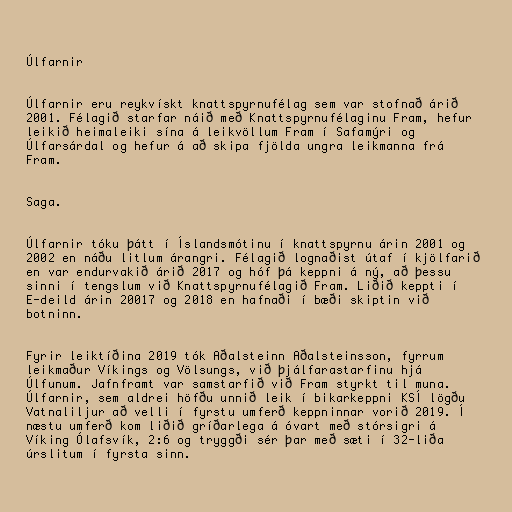
Úlfarnir

Úlfarnir eru reykvískt knattspyrnufélag sem var stofnað árið
2001. Félagið starfar náið með Knattspyrnufélaginu Fram, hefur
leikið heimaleiki sína á leikvöllum Fram í Safamýri og
Úlfarsárdal og hefur á að skipa fjölda ungra leikmanna frá
Fram.

Saga.

Úlfarnir tóku þátt í Íslandsmótinu í knattspyrnu árin 2001 og
2002 en náðu litlum árangri. Félagið lognaðist útaf í kjölfarið
en var endurvakið árið 2017 og hóf þá keppni á ný, að þessu
sinni í tengslum við Knattspyrnufélagið Fram. Liðið keppti í
E-deild árin 20017 og 2018 en hafnaði í bæði skiptin við
botninn.

Fyrir leiktíðina 2019 tók Aðalsteinn Aðalsteinsson, fyrrum
leikmaður Víkings og Völsungs, við þjálfarastarfinu hjá
Úlfunum. Jafnframt var samstarfið við Fram styrkt til muna.
Úlfarnir, sem aldrei höfðu unnið leik í bikarkeppni KSÍ lögðu
Vatnaliljur að velli í fyrstu umferð keppninnar vorið 2019. Í
næstu umferð kom liðið gríðarlega á óvart með stórsigri á
Víking Ólafsvík, 2:6 og tryggði sér þar með sæti í 32-liða
úrslitum í fyrsta sinn.